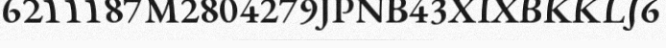
6211187M2804279JPNB43XIXBKKLJ6